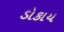
ડોકાય